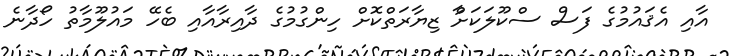
އާއި އެޤައުމުގެ ފަސް ސްކޫލަކަށާް ޒިޔާރަތްކޮށް ހިންގުމުގެ ދާއިރާއާއި ބެހޭ މައުލޫމާތު ހޯދާނެ